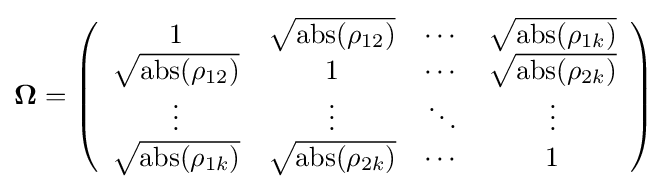
{\boldsymbol {\Omega }}=\left({\begin{array}{cccc}1&{\sqrt {\mathrm {abs} (\rho _{12})}}&\cdots &{\sqrt {\mathrm {abs} (\rho _{1k})}}\\{\sqrt {\mathrm {abs} (\rho _{12})}}&1&\cdots &{\sqrt {\mathrm {abs} (\rho _{2k})}}\\\vdots &\vdots &\ddots &\vdots \\{\sqrt {\mathrm {abs} (\rho _{1k})}}&{\sqrt {\mathrm {abs} (\rho _{2k})}}&\cdots &1\end{array}}\right)